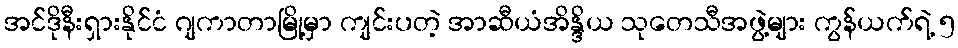
အင်ဒိုနီးရှားနိုင်ငံ ဂျကာတာမြို့မှာ ကျင်းပတဲ့ အာဆီယံအိန္ဒိယ သုတေသီအဖွဲ့များ ကွန်ယက်ရဲ့ ၅